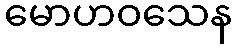
မောဟဝသေန